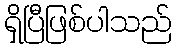
ရှိပြီဖြစ်ပါသည်